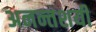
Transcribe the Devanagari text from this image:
अनन्तशयी